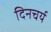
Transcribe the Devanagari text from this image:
दिनचर्य